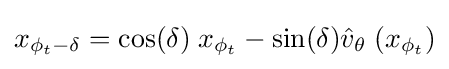
x_{\phi _{t}-\delta }=\cos(\delta )\;x_{\phi _{t}}-\sin(\delta ){\hat {v}}_{\theta }\;(x_{\phi _{t}})